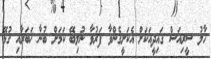
ހާލު ސީރިއަސް ގައިދީއަކަށް އެކަށީގެންވާ ފަރުވާ ނުލިބޭ ކަމަށް ބުނާ ޚަބަރާއި ގުޅޭ